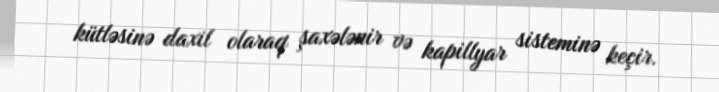
kütləsinə daxil olaraq şaxələnir və kapillyar sisteminə keçir.